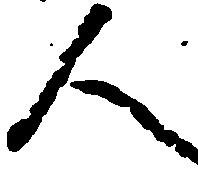
人